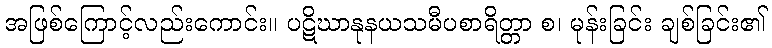
အဖြစ်ကြောင့်လည်းကောင်း။ ပဋိဃာနုနယသမီပစာရိတ္တာ စ၊ မုန်းခြင်း ချစ်ခြင်း၏